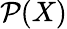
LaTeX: \mathcal{P}(X)